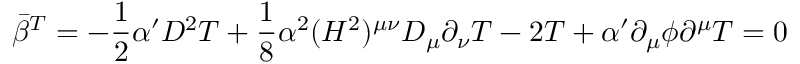
\bar { \beta } ^ { T } = - \frac { 1 } { 2 } \alpha ^ { \prime } D ^ { 2 } T + \frac { 1 } { 8 } \alpha ^ { 2 } ( H ^ { 2 } ) ^ { \mu \nu } D _ { \mu } \partial _ { \nu } T - 2 T + \alpha ^ { \prime } \partial _ { \mu } \phi \partial ^ { \mu } T = 0